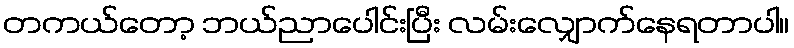
တကယ်တော့ ဘယ်ညာပေါင်းပြီး လမ်းလျှောက်နေရတာပါ။